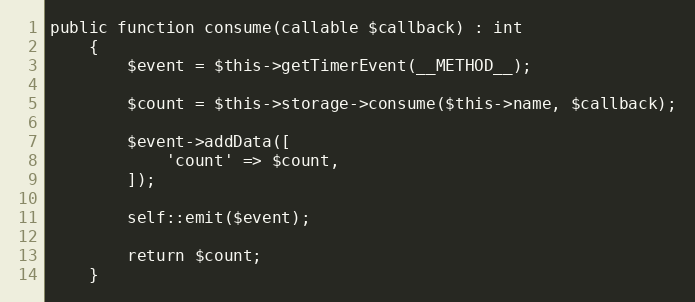
Language: PHP
public function consume(callable $callback) : int
    {
        $event = $this->getTimerEvent(__METHOD__);

        $count = $this->storage->consume($this->name, $callback);

        $event->addData([
            'count' => $count,
        ]);

        self::emit($event);

        return $count;
    }